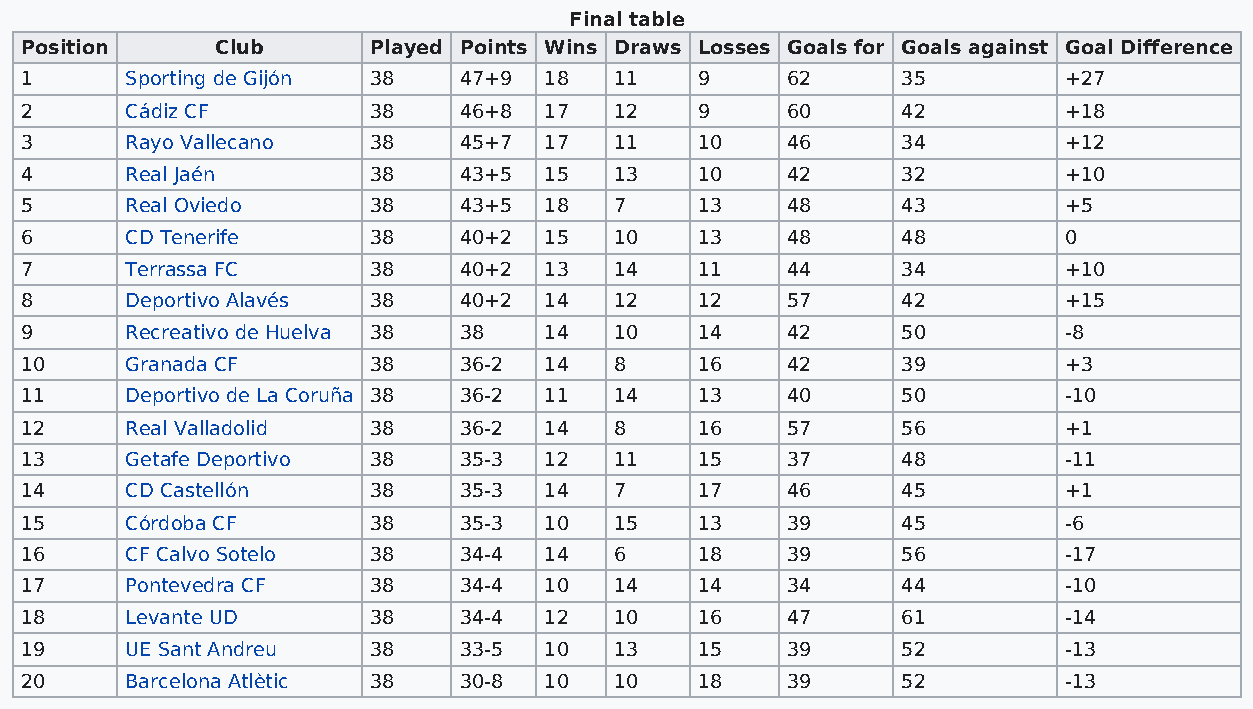
Final table
 Position     Club      Played Points Wins Draws Losses Goals for Goals against Goal Difference
 1      Sporting de Gijón 38  47+9  18   11   9     62      35        +27
 2      Cádiz CF        38    46+8  17   12   9     60      42        +18
 3      Rayo Vallecano  38    45+7  17   11   10    46      34        +12
 4      Real Jaén       38    43+5  15   13   10    42      32        +10
 5      Real Oviedo     38    43+5  18   7    13    48      43        +5
 6      CD Tenerife     38    40+2  15   10   13    48      48        0
 7      Terrassa FC     38    40+2  13   14   11    44      34        +10
 8      Deportivo Alavés 38   40+2  14   12   12    57      42        +15
 9      Recreativo de Huelva 38 38  14   10   14    42      50        -8
 10     Granada CF      38    36-2  14   8    16    42      39        +3
 11     Deportivo de La Coruña 38 36-2 11 14  13    40      50        -10
 12     Real Valladolid 38    36-2  14   8    16    57      56        +1
 13     Getafe Deportivo 38   35-3  12   11   15    37      48        -11
 14     CD Castellón    38    35-3  14   7    17    46      45        +1
 15     Córdoba CF      38    35-3  10   15   13    39      45        -6
 16     CF Calvo Sotelo 38    34-4  14   6    18    39      56        -17
 17     Pontevedra CF   38    34-4  10   14   14    34      44        -10
 18     Levante UD      38    34-4  12   10   16    47      61        -14
 19     UE Sant Andreu  38    33-5  10   13   15    39      52        -13
 20     Barcelona Atlètic 38  30-8  10   10   18    39      52        -13